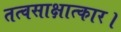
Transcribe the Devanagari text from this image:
तत्वसाक्षात्कार।